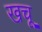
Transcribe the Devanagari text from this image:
खचू